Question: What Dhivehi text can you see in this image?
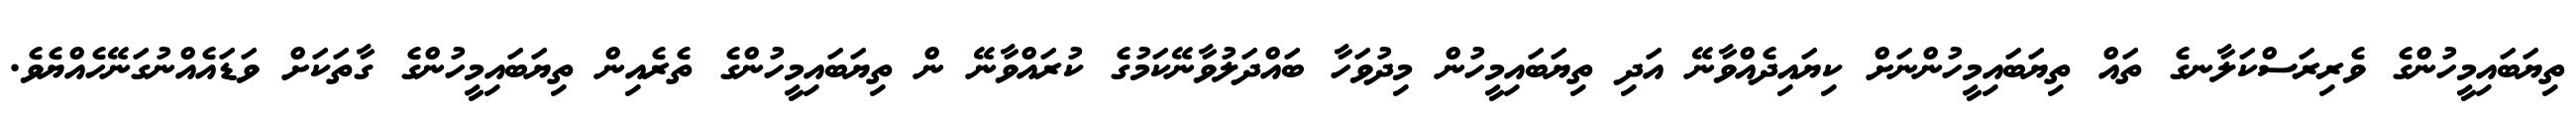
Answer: ތިޔަބައިމީހުންގެ ވެރިރަސްކަލާނގެ ތައް ތިޔަބައިމީހުންނަށް ކިޔައިދެއްވާނޭ އަދި ތިޔަބައިމީހުން މިދުވަހާ ބައްދަލުވާނޭކަމުގެ ކުރައްވާނޭ ން ތިޔަބައިމީހުންގެ ތެރެއިން ތިޔަބައިމީހުންގެ ގާތަކަށް ވަޑައެއްނުގަނޭހެއްޔެވެ.